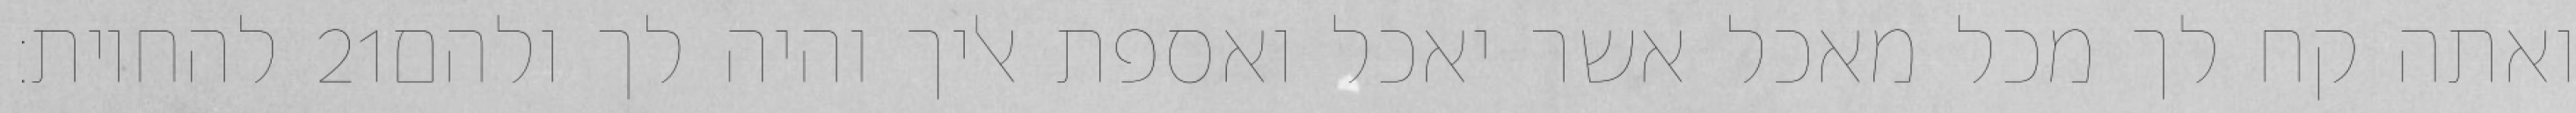
להחיות׃ ‎21‏ ואתה קח לך מכל מאכל אשר יאכל ואספת אליך והיה לך ולהם